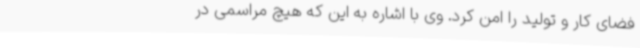
فضای کار و تولید را امن کرد. وی با اشاره به این که هیچ مراسمی در